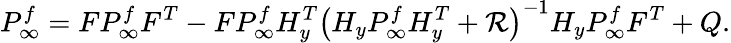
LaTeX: P_{\infty}^{f}=FP_{\infty}^{f}F^{T}-FP_{\infty}^{f}H_{y}^{T}\left(H_{y}P_{\infty}^{f}H_{y}^{T}+\mathcal{R}\right)^{-1}H_{y}P_{\infty}^{f}F^{T}+Q.